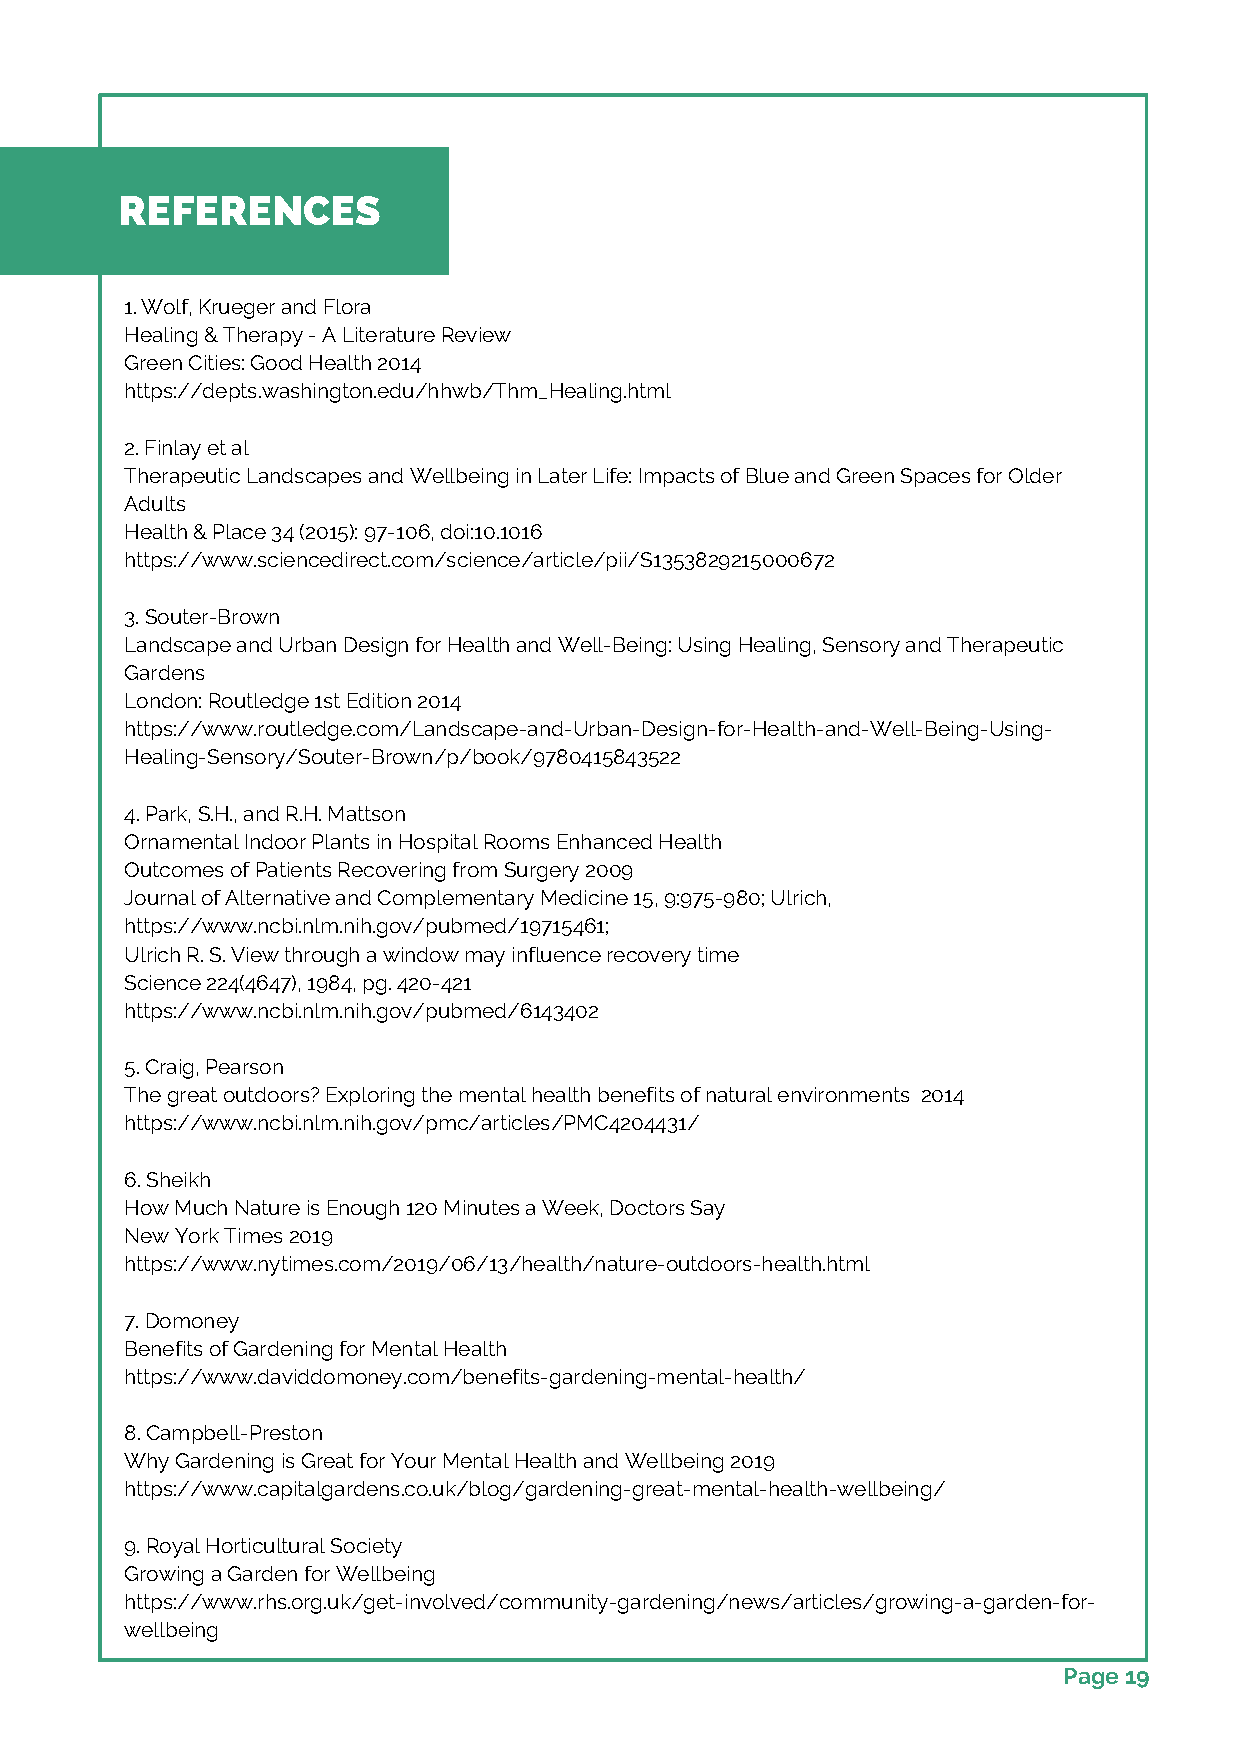
REFERENCES
 1..Wolf, Krueger and Flora
 Healing & Therapy - A Literature Review
 Green Cities: Good Health 2014
 https://depts.washington.edu/hhwb/Thm_Healing.html
 2. Finlay et al
 Therapeutic Landscapes and Wellbeing in Later Life: Impacts of Blue and Green Spaces for Older
 Adults
 Health & Place 34 (2015): 97-106, doi:10.1016
 https://www.sciencedirect.com/science/article/pii/S1353829215000672
 3. Souter-Brown
 Landscape and Urban Design for Health and Well-Being: Using Healing, Sensory and Therapeutic
 Gardens
 London: Routledge 1st Edition 2014
 https://www.routledge.com/Landscape-and-Urban-Design-for-Health-and-Well-Being-Using-
 Healing-Sensory/Souter-Brown/p/book/9780415843522
 4. Park, S.H., and R.H. Mattson
 Ornamental Indoor Plants in Hospital Rooms Enhanced Health
 Outcomes of Patients Recovering from Surgery 2009
 Journal of Alternative and Complementary Medicine 15, 9:975-980; Ulrich,
 https://www.ncbi.nlm.nih.gov/pubmed/19715461;
 Ulrich R. S. View through a window may influence recovery time
 Science 224(4647), 1984, pg. 420-421
 https://www.ncbi.nlm.nih.gov/pubmed/6143402
 5. Craig, Pearson
 The great outdoors? Exploring the mental health benefits of natural environments 2014
 https://www.ncbi.nlm.nih.gov/pmc/articles/PMC4204431/
 6. Sheikh
 How Much Nature is Enough 120 Minutes a Week, Doctors Say
 New York Times 2019
 https://www.nytimes.com/2019/06/13/health/nature-outdoors-health.html
 7. Domoney
 Benefits of Gardening for Mental Health
 https://www.daviddomoney.com/benefits-gardening-mental-health/
 8. Campbell-Preston
 Why Gardening is Great for Your Mental Health and Wellbeing 2019
 https://www.capitalgardens.co.uk/blog/gardening-great-mental-health-wellbeing/
 9. Royal Horticultural Society
 Growing a Garden for Wellbeing
 https://www.rhs.org.uk/get-involved/community-gardening/news/articles/growing-a-garden-for-
 wellbeing
 Page 19